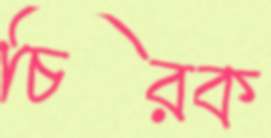
চিরক